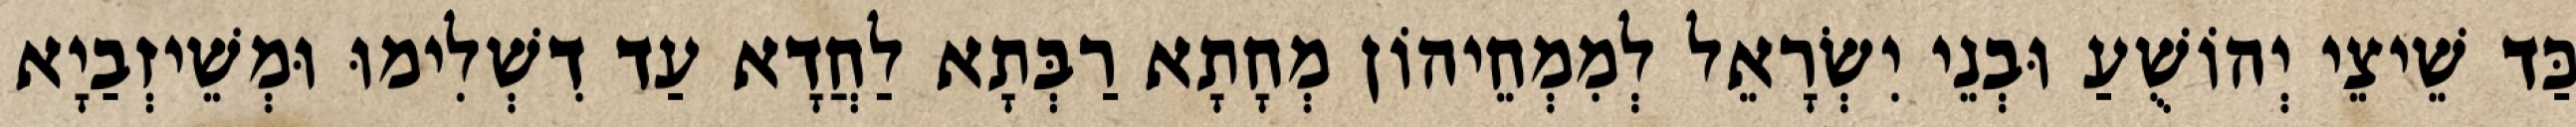
כַּד שֵׁיצֵי יְהוֹשֻׁעַ וּבְנֵי יִשְׂרָאֵל לְמִמְחֵיהוֹן מְחָתָא רַבְּתָא לַחֲדָא עַד דִשְׁלִימוּ וּמְשֵׁיזְבַיָא